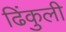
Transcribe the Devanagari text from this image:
ढिंकुली